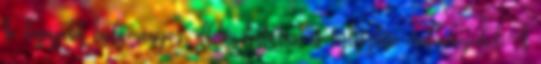
be legújabb tudományos, illetve kutatási és fejlesztési eredményeiket. A